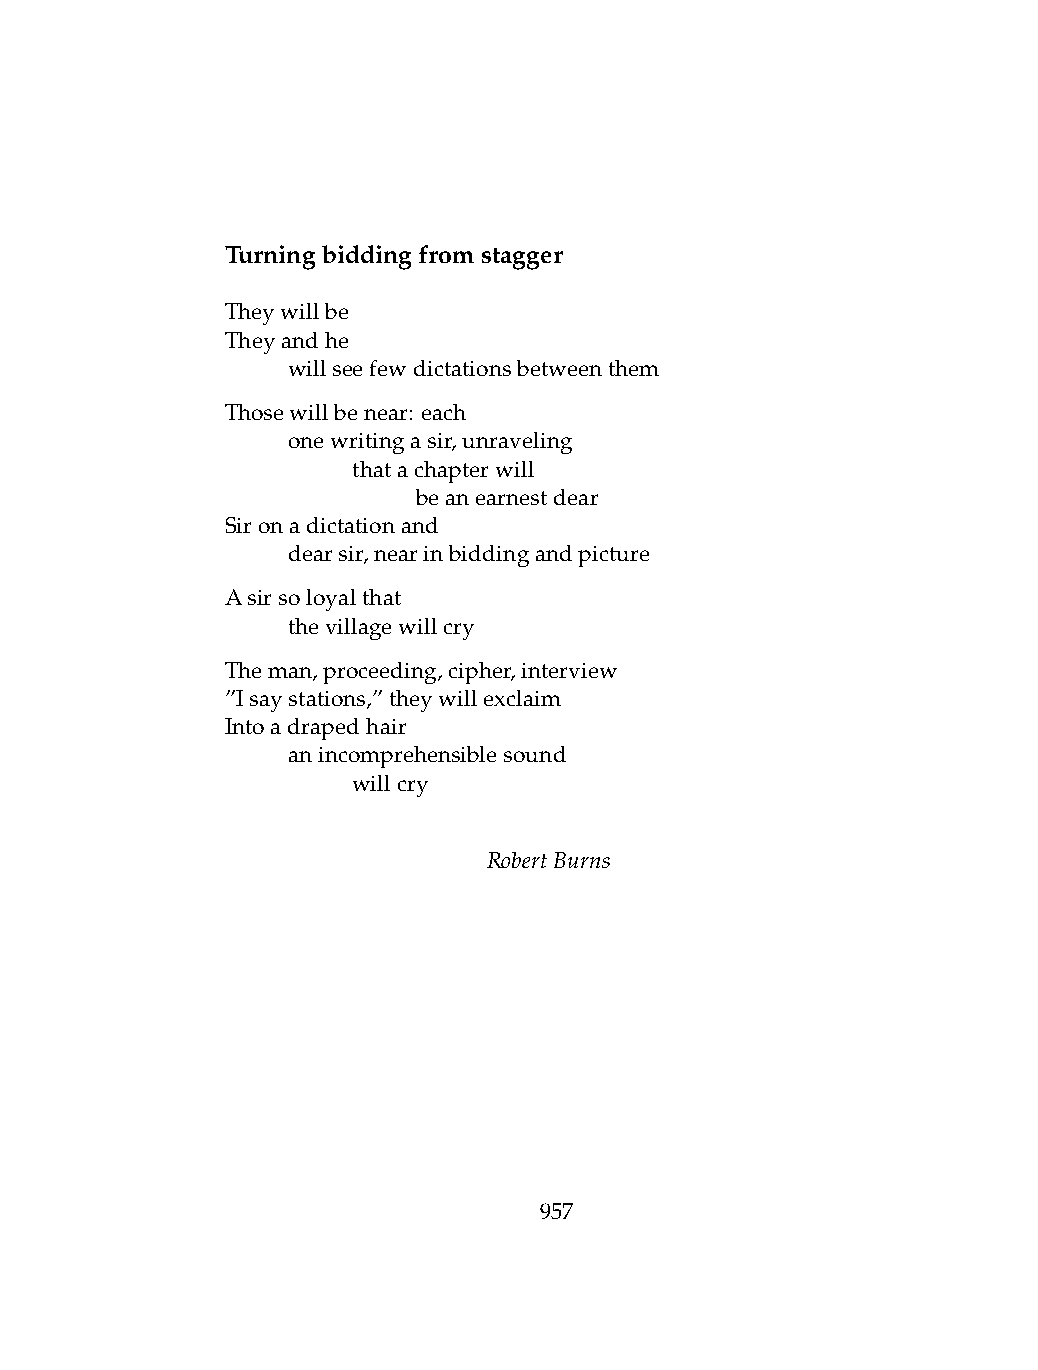
Turningbiddingfromstagger
 Theywillbe
 Theyandhe
 .   willseefewdictationsbetweenthem
 Thosewillbenear: each
 .   onewritingasir,unraveling
 .   .   thatachapterwill
 .   .   .    beanearnestdear
 Sironadictationand
 .   dearsir,nearinbiddingandpicture
 Asirsoloyalthat
 .   thevillagewillcry
 Theman,proceeding,cipher,interview
 ”Isaystations,”theywillexclaim
 Intoadrapedhair
 .   anincomprehensiblesound
 .   .   willcry
 RobertBurns
 957